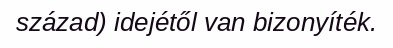
század) idejétől van bizonyíték.